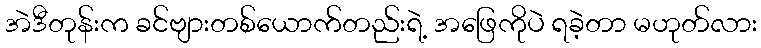
အဲဒီတုန်းက ခင်ဗျားတစ်ယောက်တည်းရဲ့ အဖြေကိုပဲ ရခဲ့တာ မဟုတ်လား